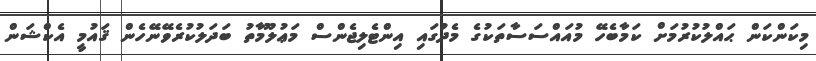
މިކަންކަން ޙައްލުކުރުމަށް ކަމާބެހޭ މުއައްސަސާތަކުގެ މެދުގައި އިންޓެލިޖެންސް މަޢުލޫމާތު ބަދަލުކުރެވޭނޭހެން ޤައުމީ އެކްޝަން